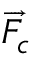
\overrightarrow { F } _ { c }